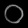
Digit: ၀